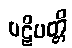
ပဋိပတ္တိ